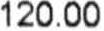
120.00